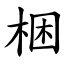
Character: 梱